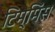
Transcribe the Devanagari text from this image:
टिम्मिंस